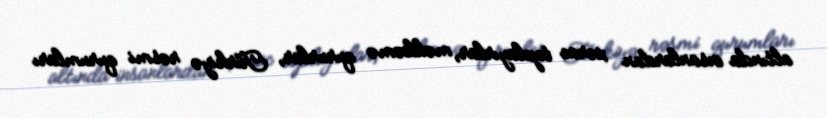
altında insanlardan xərac toplayırlar, məhkəmə qururlar, Türkiyə rəsmi qurumları